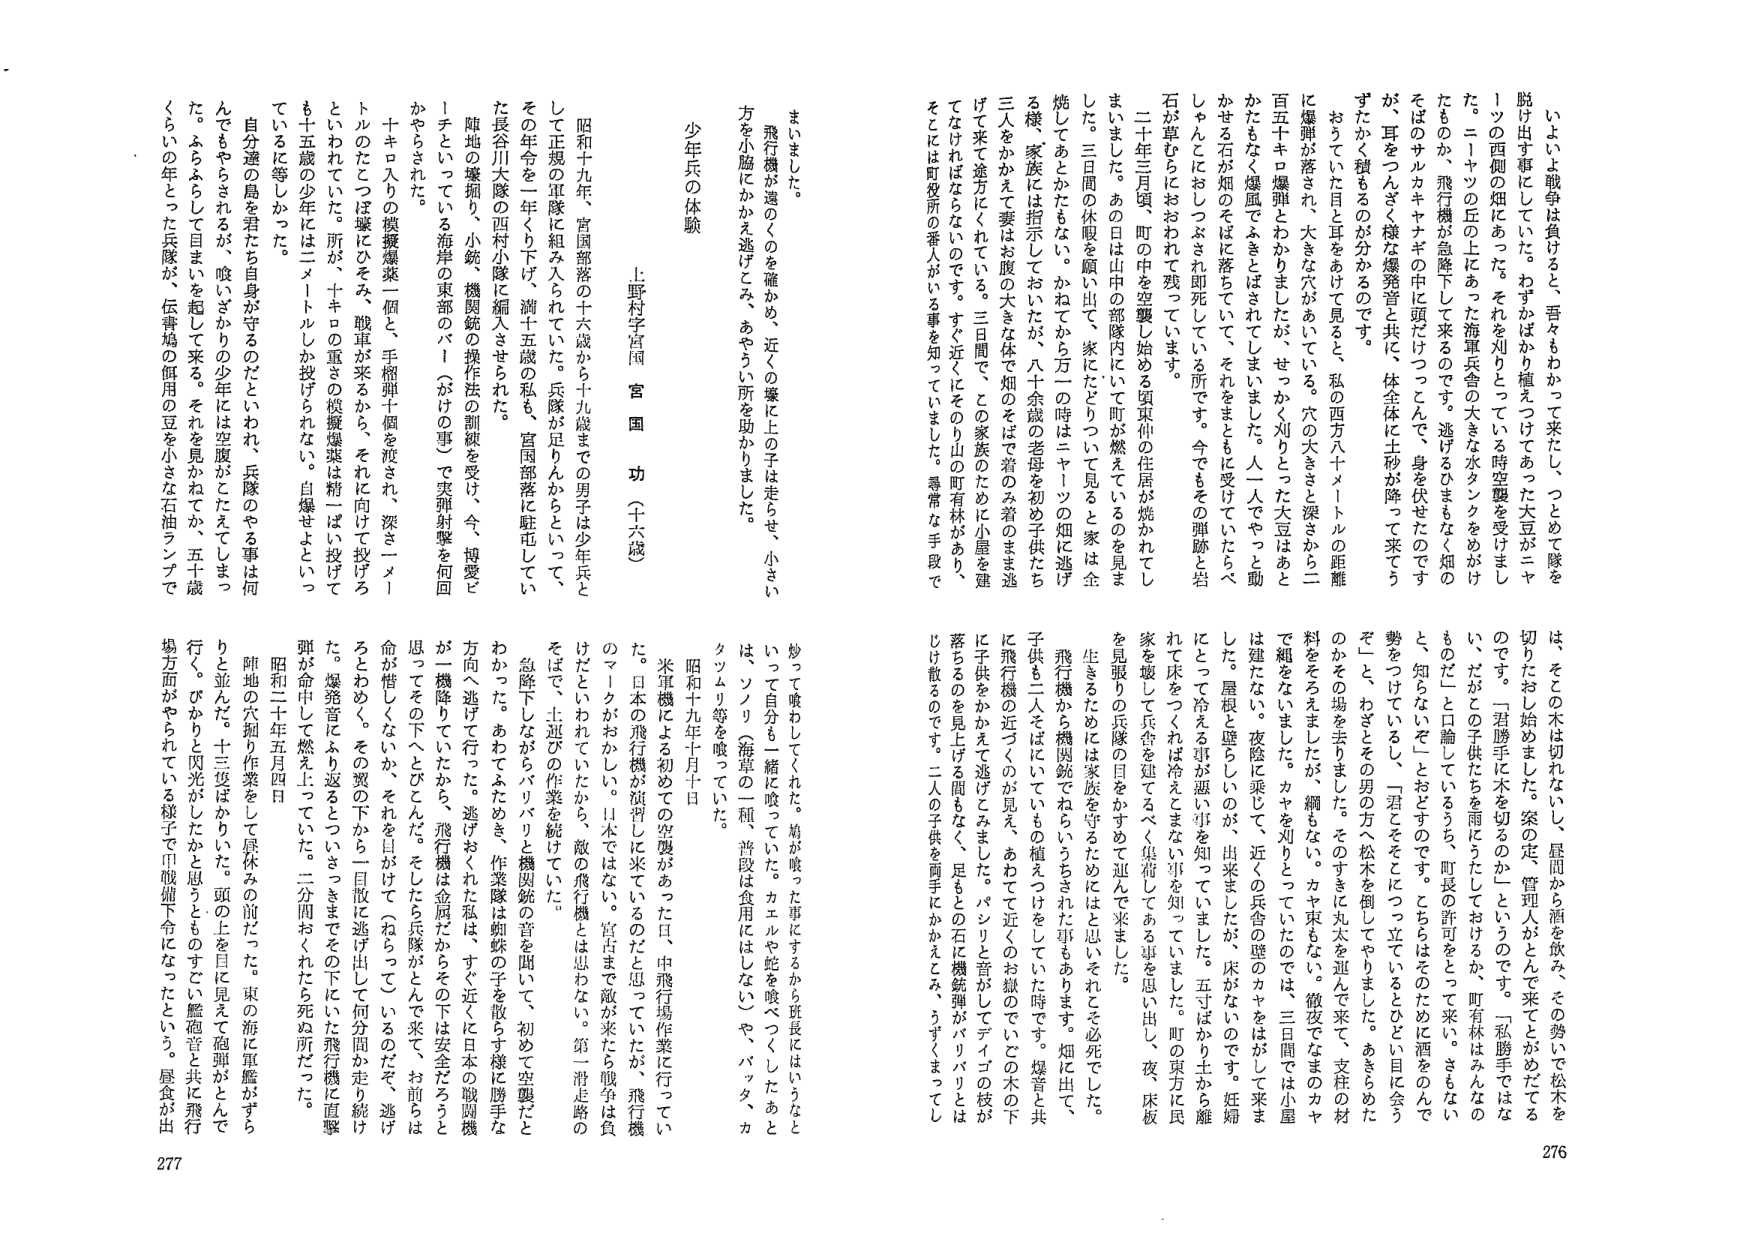
少年兵の体験
上野科学宮国 官国 功（十六歳）

昭和十九年、宮国部落の十六歳から十九歳までの男子は少年兵として正規の軍隊に組み入れられていた。兵隊が足りんからといって、その年令を一年くり下げ、満十五歳の私も、宮国部落に駐屯していた長谷川大隊の西村小隊に編入させられた。

陣地の壕掘り、小銃機関銃の操作法の訓練を受け、今、胡菱とトチといている海岸の東部のバー（がけの事）で実弾射撃を何回かやらされた。

十キロ入りの機械爆薬一個と、手榴弾十個を渡され、深さ一メートルのたてつぼ壕にひそみ、戦車が来るから、それに向けて投げろといわれていた。所が、十キロの重さの機械爆薬は精一ぱい投げても十五歳の少年には二メートルしか投げられない。自爆せよといっているに等しかった。

自分達の島を君たち自身が守るのだといわれ、兵隊のやる事は何んでもやらされるが、唆いざかりの少年には空腹がこたえてしまった。ふらふらして目まぐる起して来る。それを見かねてか、五十歳くらいの年とった兵隊が、伝書鳩の値用の豆を小さな石油ランプで炒って喰わしてくれた。硝が喫った事にするから班長にはいうなといって自分も一緒に喫っていた。カエルや蛇を喫つ（したあとは、ソノリ（海草の一種、普段は食用にはしない）や、バタ、カタツムリ等を喫っていた。

昭和十九年十月十日

米軍機による初めての空襲があった日、中飛行場作業に行っていた。日本の飛行機が演習しに来ているのだと思っていたが、飛行機のマークがおかしい。日本ではない。宮古まで敵が来たら戦争は負けだといわれていたから、敵の飛行機とは思わない。第一滑走路のそばで、土運びの作業を続けていた。

急降下しながらバリバリと機関銃の音を聞いて、初めて空襲だとわかった。あわてふためき、作業隊は蜘蛛の子を散らす様に勝手な方向へ逃げて行った。逃げおくれた私は、すぐ近くに日本の敵関機が一機降りていたから、飛行機は金属だからその下は安全だろうと思ってその下へとびこんだ。そしたら兵隊がとんでくるので、お前は命が惜しくないか、それを見かねて（おらって）いるのだぞ、逃げろとわめく。その翼の下から一目散に逃げ出して何分間か走り続けた。爆発音にふり返るとうっさっきまでその下にいた飛行機に直撃弾が命中して燃え上っていた。二分間おくれたら死ぬ所だった。

昭和二十年五月四日

陣地の穴掘り作業をして昼休みの前だった。東の海に軍艦がずらりと並んだ。十三隻ばかりいた。頭の上を目に見えて砲弾がとんで行く。ぴかっと閃光がしたかと思うとそのすぐに艦砲音と共に飛行場方面がやられてはるような様子で叩戦細下令になったという。昼食が出ました。

飛行機が遠のくのを確かめ、近くの壕に上の子は走らせ、小さい方を小脳にかかえ逃げこみ、あやうい所を助かりました。

いよいよ戦争は負けると、吾々もかって来たし、つとめて隊を脱け出す事にしていた。わずかばかり植えつけてあった大豆が二ヤツの両側の畑にあった。それを刈りとっては時空襲を受けました。ニャッツの丘の上にあった海軍兵舎の大きな水タンクをめがけたものか、飛行機が急降下して来るのです。逃げるひまもなく煙のそばのサルカキャナギの中に頭だけつっこんで、身を伏せたのですが、耳をつんざく様な爆発音と共に、体全体に土砂が降って来てうずたかく積もるのが分かるのです。

おうていた目と耳をあけて見ると、私の西方八十メートルの距離に爆弾が落ち、大きな穴があいている。穴の大きさと深さから二百五十キロ爆弾とわかりましたが、せっかく刈りとった大豆はあとかたもなく爆風でふきとばされてしまいました。一人でやっと動かせる石が畑のそばに落ちていて、それをまともに受けていたらべしゃんにおしつぶされ即死している所です。今でもその弾跡と岩石が草むらにおおわれて残っています。

二十年三月頃、町の中を空襲し始める頃東仲の住居が焼かれてしました。三日間の休暇を願い出て、家にたどりついて見ると家は全焼してあとかたもない。かねてから万一の時はニャッツの畑に逃げる様、家族には指示しておいたが、八十余歳の老母を初め子供たち三人をかかえて妻はお腹の大きな体で畑のそばで着のみ着のまま逃げて来て途方にくれている。三日間で、この家族のたみに小屋を建ててはれはならないのです。すぐ近くにそのり山の町有林があり、そこには町役所の番人がいる事を知っていました。尋常な手段では、その木は切れないし、昼間から酒を飲み、その勢いで松木を切ったおじ始めました。案の定、管理人がとんと来てとがめてたるのです。「君勝手に木を切るのか」というのです。「私勝手ではな い、だがこの子供たちを雨にうたしておけるか、町有林はみんなのものだ」と口論していろうち、町長の許可をとって来い、さもないと、知らないぞ」とおどすのです。こちらはそのために酒をのんで勢をつけていろうし、「君こそそこに立っているとどもに目を会うぞ」と、わざとその男の方へ松木を運んでやりました。あきらめたのかその場を去りました。そのすきに丸太を運んできて、支柱の材料をそろえましたが、綱もない。カヤ束もない。徹夜でなまのカヤで組をなしました。カヤを刈りとっていたのでは三日間では小屋は建たない。夜陰に乘じて、近くの兵舎の壁のカヤをはがして来ました。屋根と壁らしいのが、出来ましたが、床がないのです。妊婦にとつて冷える事が悪い事を知っていました。五寸ばかり土から離れて床をつくれば冷えてまない事を知っていました。町の東方に民家を壊して兵舎を建ててろべく集荷してある事を思い出し、夜、床板を見張りの兵隊の目をかすめて運んで来ました。

生きるためにには家族を守るためにとはと思い、それこそ必死でした。飛行機から機関銃でねらいうちさされた事もあります。畑に出て、子供も二人そばにいていもの植えつけをしていた時です。爆音と共に飛行機の近づくのが見え、あわてて近くのお嶽のでいどの木の下に子供をかかえて逃げこみました。パシリと音がしてデイゴの枝が落ちるのを見たげる間もなく、足もとの石に機銃弾がバリバリとはじけ散るのです。二人の子供を両手にかかえこみ、うずくまってし